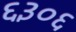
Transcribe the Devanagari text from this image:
६३०६